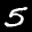
Label: 5